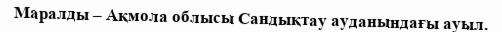
Маралды – Ақмола облысы Сандықтау ауданындағы ауыл.